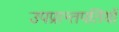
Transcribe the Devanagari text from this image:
उपप्रान्तपतियों